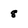
Character: 8